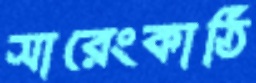
সারেংকাঠি